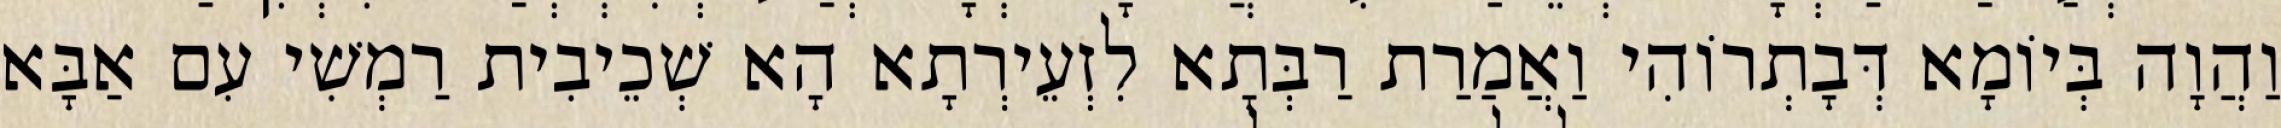
וַהֲוָה בְּיוֹמָא דְּבָתְרוֹהִי וַאֲמַרַת רַבְּתָא לִזְעֵירְתָא הָא שְׁכֵיבִית רַמְשִׁי עִם אַבָּא